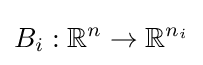
B_{i}:\mathbb {R} ^{n}\to \mathbb {R} ^{n_{i}}